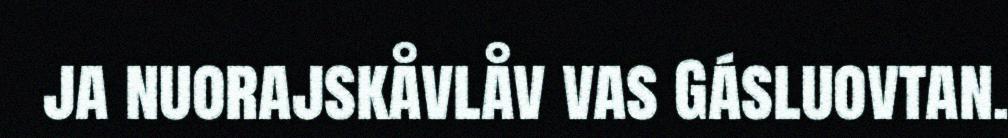
ja nuorajskåvlåv vas Gásluovtan.